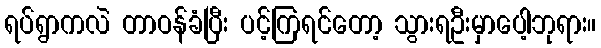
ရပ်ရွာကလဲ တာဝန်ခံပြီး ပင့်ကြရင်တော့ သွားရဦးမှာပေါ့ဘုရား။